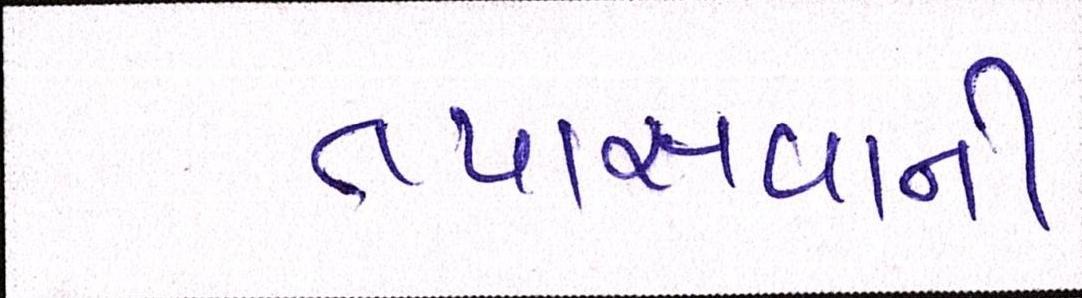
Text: તપાસવાની